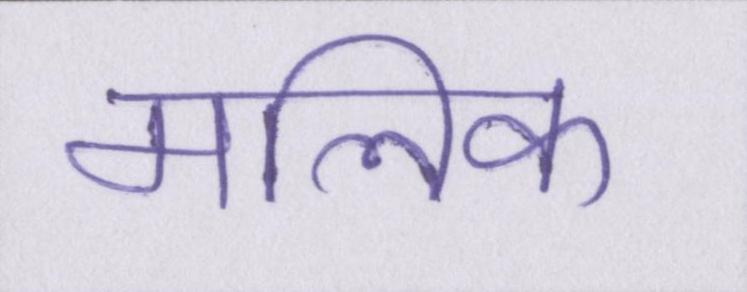
मलिक